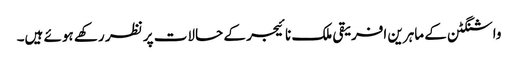
واشنگٹن کے ماہرین افریقی ملک نائیجر کے حالات پر نظر رکھے ہوئے ہیں۔